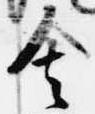
舎